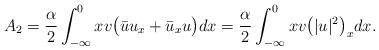
LaTeX: \begin{align*} A_2=\frac{\alpha}{2}\int_{-\infty}^0xv\big(\bar{u}u_x + \bar{u}_xu\big)dx= \frac{\alpha}{2}\int_{-\infty}^0xv\big(|u|^2\big)_xdx. \end{align*}